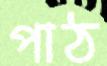
পাঠ